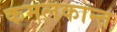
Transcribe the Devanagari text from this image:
कमलकान्त